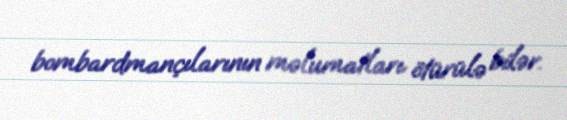
bombardmançılarının məlumatları ötürülə bilər.